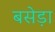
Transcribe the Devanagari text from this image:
बसेड़ा